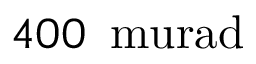
4 0 0 \, \mathrm { \ m u r a d }